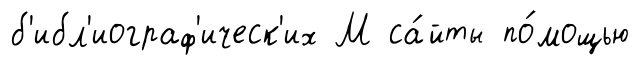
б'ибл'иограф'ическ'их М са́йты по́мощью